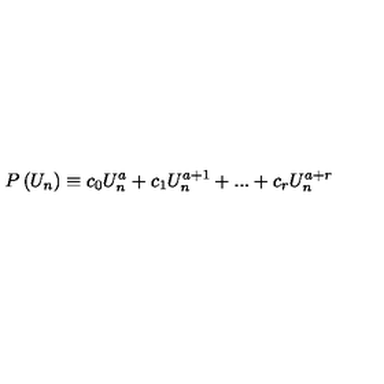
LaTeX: P \left( U _ { n } \right) \equiv c _ { 0 } U _ { n } ^ { a } + c _ { 1 } U _ { n } ^ { a + 1 } + . . . + c _ { r } U _ { n } ^ { a + r }